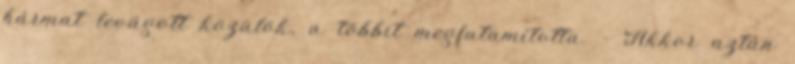
hármat levágott közülök, a többit megfutamította. - Akkor aztán